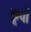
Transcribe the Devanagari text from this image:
कूचों